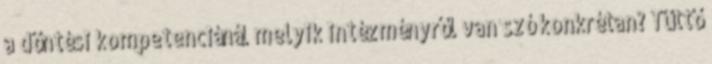
a döntési kompetenciánál melyik intézményről van szó konkrétan? Tüttő